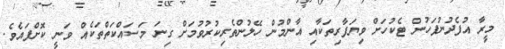
މީރާ އުފެދުނުފަހުން ޓެކުހަށް ވިޔަފާރިތަކާއި އާންމުން ހޭލުންތެރިކުރުވުމަށް ގިނަ މަސައްކަތްތަކެއް ވަނީ ކޮށްފައެވެ.